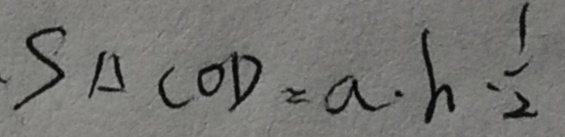
S _ { \Delta C O D } = a \cdot h \cdot \frac { 1 } { 2 }